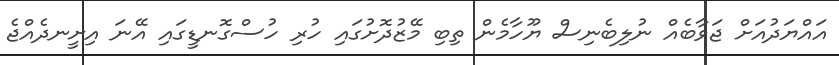
އައްޔަދުއަށް ޖަވާބެއް ނުލިބެނިސް ޔޫހާމެން ތިބި މޭޒުދޮށުގައި ހުރި ހުސްގޮނޑީގައި އޭނަ އިށީނދެއްޖެ